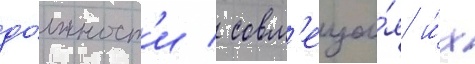
до́лжност'и / совм'еща́я и́х